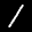
Label: 1